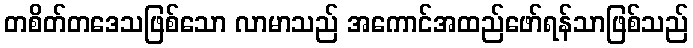
တစိတ်တဒေသဖြစ်သော လာမာသည် အကောင်အထည်ဖော်ရန်သာဖြစ်သည်